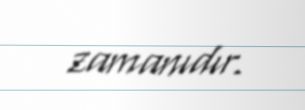
zamanıdır.